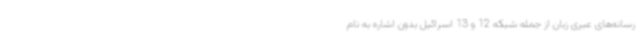
رسانه‌های عبری زبان از جمله شبکه 12 و 13 اسرائیل بدون اشاره به نام